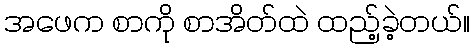
အဖေက စာကို စာအိတ်ထဲ ထည့်ခဲ့တယ်။